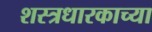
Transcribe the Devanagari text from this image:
शस्त्रधारकाच्या